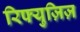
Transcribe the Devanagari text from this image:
रिफ्युज़िज़